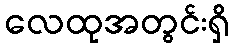
လေထုအတွင်းရှိ